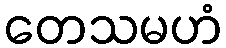
တေသမဟံ